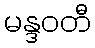
မန္ဒဝတီ